Source: Handwritten
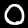
Digit: ၀ (0)